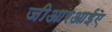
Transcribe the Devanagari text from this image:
जीआरआईए